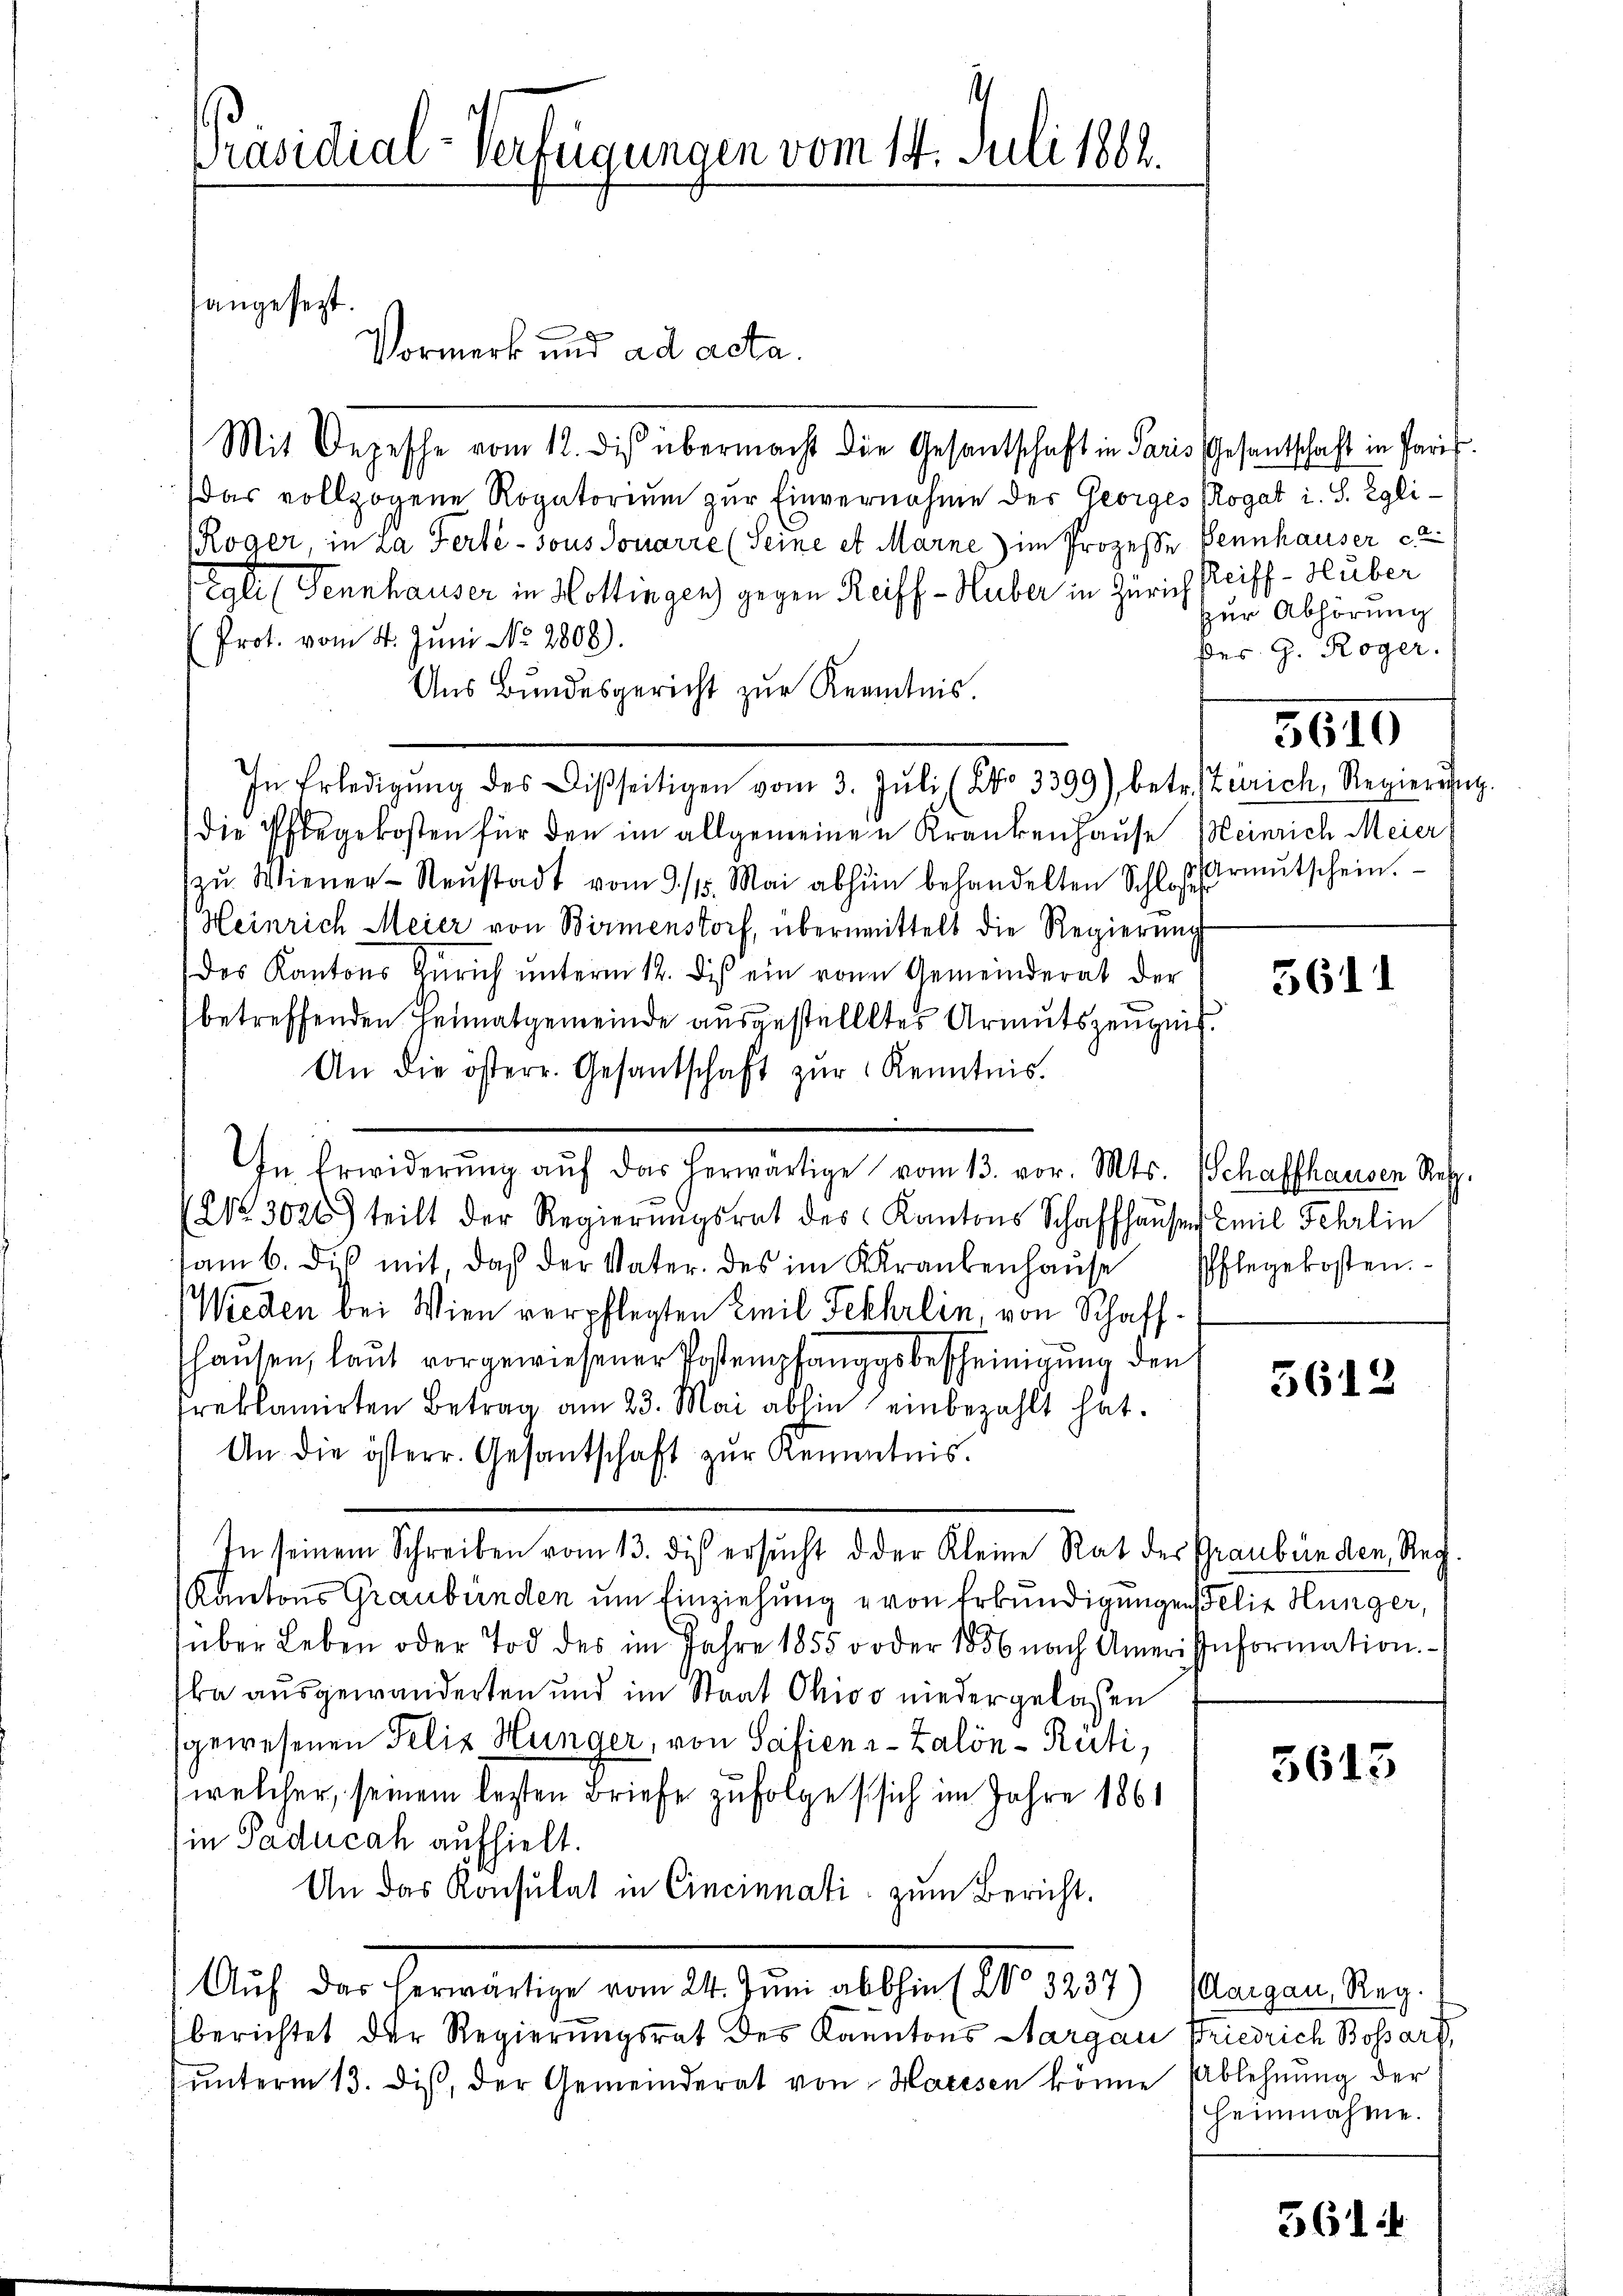
Vormerk und ad acta.
Mit Depesche vom 12. dis übermacht die Gesantschaft in Paris Gesantschaft in Paris
Das vollzogene Rogatorium zur Einvernahme des Georges Rogat i. S. Egli¬
Röger, in La Ferté-Tous Souarre (Seine et Marne) im Prozesse Pennhauser ca
Egli (Sennhauser in Hottingen) gegen Reiff - Huber in Zürich Reiff- Heuber
Prot. vom 4. Juni No 2808).
Aŭs Bŭndesgericht zŭr Kenntnis.
In Erledigŭng des Disseitigen vom 3. Jŭli (NNo. 3399) betr. Zürich, Regiereng.
die Pflegekosten für den im allgemeinen Krankenhause Meinrich Meier
zŭ Wiener-Neŭstadt vom 9. /5. Mai abhin behandelten Schloßrmŭtschein.
Heinrich Meier von Birmenstorf, übermittels die Regierŭng
des Kantons Zürich ŭnterm 12. Dies ein von Gemeinderat der
betreffenden Heimatgemeinde ausgestellttes Armutszeugnis
An die österr. Gesandschaft zŭr Kenntnis.
(2123026) teilt der Regierŭngsrat des Kantons Schaffhausen Emil Fehrlin
am 6. diβ mit das der Vater des im Krankenhaŭse Pflegekosten.
Wieden bei Wien verpflegten Emil Fekhrlin, von Schaffhausen, laut vorgewiesener Vorstempfänggsbescheinigung den
reklamirten Betrag am 23. Mai abhin einbezahlt hat.
An die österr. Gesantschaft zŭr Kenntnis.
In seinem Schreiben vom 13. di ersŭcht d der Kleine Rat der Graubünden, Reg.
Kantons Graubünden um Einziehung von Erkundigungen Felix Hünger,
über Leben oder Tod des im Jahre 1855 oder 1856 nach Amer Information.
ka ausgewanderten und im Staat Ohioo niedergelassen
gewesenen Felix Hunger, von Safienz-Zalön-Rüti,
welcher, seinem lezten Briefe zufolge sich im Jahre 1861
in Paducah aufhielt.
An das Konsulat in Cincinnati zum Bericht.
Auf der erwärtige vom 21. Jun abschen (N. 1131.) Mangen Reg
berichtet der Regierungsrat des Kantons Aargau Friedrich Bossard,
ŭnterm 13. diβ, der Gemeinderat von Haresen könne Ablehnŭng der

Präsidial-Verfügungen vom 14. Juli 1862.

angesezt.

In Erwiderŭng aŭf das herwärtige vom 13. vor. Mts. Schaffhausen Resp.

zur Abhörung
des G. Roger.

5610

5611

5612

5613

Heinnahme.

561